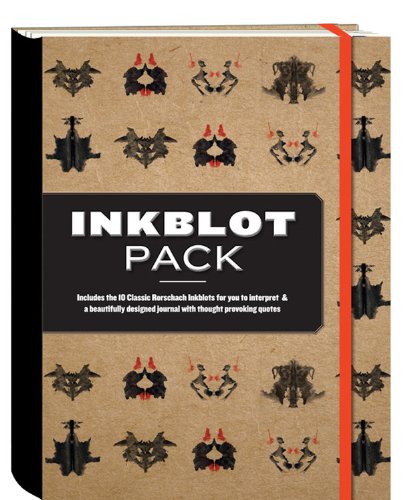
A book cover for The Inkblot Pack: Includes the 10 Classic  Inkblots for you to interpret & a beautifully designed journal with thought provoking quotes; Editors of Race Point Publishing; Medical Books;